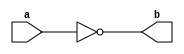
    module not_my(a,b);//Not gate
    input a;
    output b;
    assign b = ~a;
    endmodule